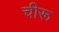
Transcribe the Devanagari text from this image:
चीरू